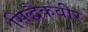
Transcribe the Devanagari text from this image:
सिद्धैकवीर